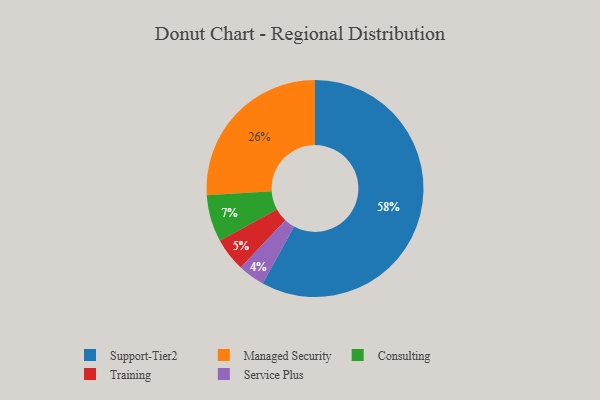
{"axis": {"x": "Category", "y": "Percentage"}, "legend": ["Consulting", "Managed Security", "Service Plus", "Support-Tier2", "Training"], "data": [{"x": "Consulting", "y": 7, "type": "Consulting"}, {"x": "Support-Tier2", "y": 58, "type": "Support-Tier2"}, {"x": "Service Plus", "y": 4, "type": "Service Plus"}, {"x": "Training", "y": 5, "type": "Training"}, {"x": "Managed Security", "y": 26, "type": "Managed Security"}]}